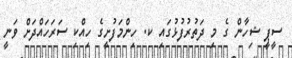
ސީޕީ ޝިހާން ގެ މި ދަތުރުފުޅުގައި ކ. ހިންމަފުށީގެ ހިއްކި ސަރަހައްދަށް ވަނީ